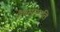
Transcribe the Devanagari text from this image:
जैवसुसंगति